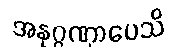
အနုဂ္ဂဏှာပေသိ